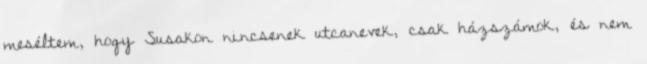
meséltem, hogy Susakon nincsenek utcanevek, csak házszámok, és nem